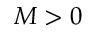
M > 0